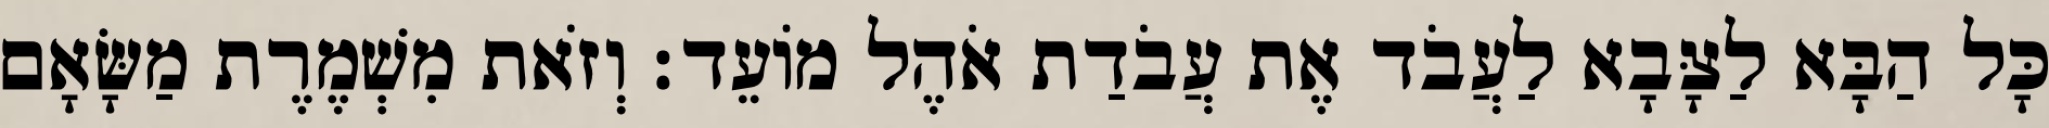
כָּל הַבָּא לַצָּבָא לַעֲבֹד אֶת עֲבֹדַת אֹהֶל מוֹעֵד׃ וְזֹאת מִשְׁמֶרֶת מַשָּׂאָם